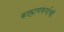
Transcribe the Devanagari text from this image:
ब्राह्मणवर्गाची